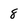
Character: 8